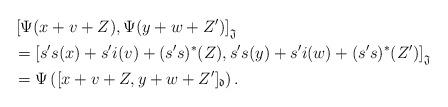
LaTeX: \begin{align*}&\left[ \Psi(x+v+Z),\Psi(y+w+Z')\right]_{\mathfrak J}\\&= \left[ s's(x)+s'i(v)+(s's)^{*}(Z),s's(y)+s'i(w)+(s's)^{*}(Z')\right]_{\mathfrak J}\\&=\Psi\left([x+v+Z,y+w+Z']_{\mathfrak d} \right). \end{align*}